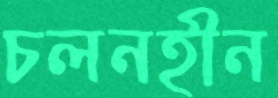
চলনহীন